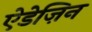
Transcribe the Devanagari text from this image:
ऐडेज़िन